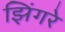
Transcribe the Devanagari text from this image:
झिंगरे